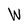
Character: W